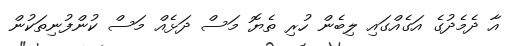
އާ ދެމެދުގެ އަގެއްގައި ލިބެން ހުރި ތެޔޮ މަސް ދަޅެއް މަސް ކުންފުނިތަކުން